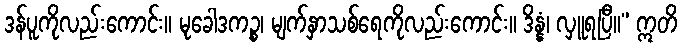
ဒန်ပူကိုလည်းကောင်း။ မုခေါဒကဉ္စ၊ မျက်နှာသစ်ရေကိုလည်းကောင်း။ ဒိန္နံ၊ လှူရပြီ။” ဣတိ